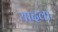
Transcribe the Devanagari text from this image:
यादवा